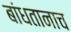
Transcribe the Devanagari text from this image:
बांधतानाच